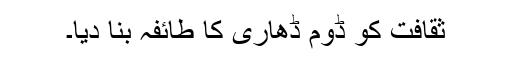
ثقافت کو ڈوم ڈھاری کا طائفہ بنا دیا۔